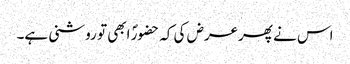
اس نے پھرعرض کی کہ حضورؐ ابھی تو روشنی ہے۔